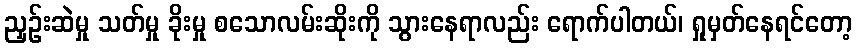
ညှဉ်းဆဲမှု သတ်မှု ခိုးမှု စသောလမ်းဆိုးကို သွားနေရာလည်း ရောက်ပါတယ်၊ ရှုမှတ်နေရင်တော့